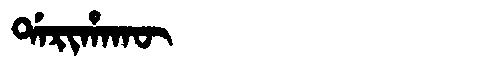
Manchu: ᡩᠠᡵᡳᡥᠠᡴᡡ
Romanization: DARIHAKŪ